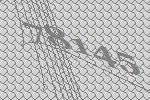
78145